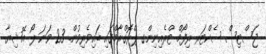
ޖަސްޓިސް ސެކްޓަރ ރިފޯމް ޓްރެއިނިންގ ޕްރޮގްރާމްގައި ބައިވެރިވުން. 23 ވަނަ ލޯ އޭޝިޔާ